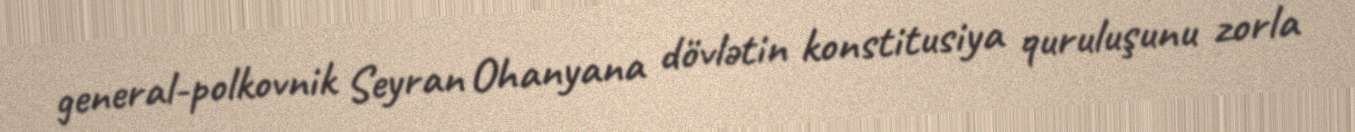
general-polkovnik Seyran Ohanyana dövlətin konstitusiya quruluşunu zorla